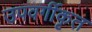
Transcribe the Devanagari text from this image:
उपवर्गीकृत